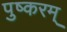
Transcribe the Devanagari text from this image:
पुष्करम्‌